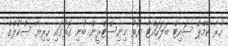
ހުރާ ކޭމްޕް ސައިޓް ބަލަހައްޓާ ޔޫތު މިނިސްޓްރީން ބުނި ގޮތުގައި ހިރިޔާ ސްކޫލްގެ